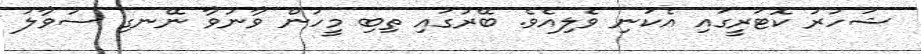
ޝަހުރު ކޮޓަރީގައި އެކަނި ވެލިއެވެ. ބޭރުގައި ތިބި މީހުން ވާނުވާ ނޭނގި ސުވާލު